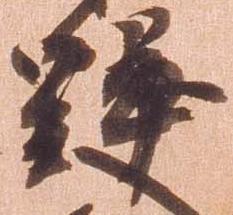
野